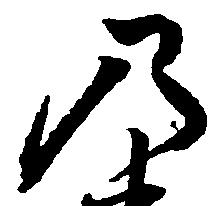
乃